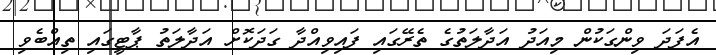
އެފަދަ ވިންގަކުން މިއަދު އަދާލަތުގެ ތެރޭގައި ފައިވިއްދާ ގަދަކޮށް އަދާލަތު ޕާޓީގައި ތިއްބެވި